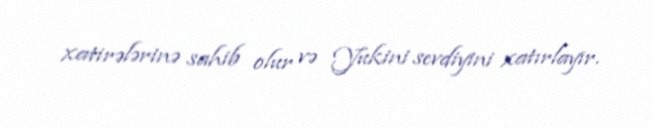
xatirələrinə sahib olur və Yukini sevdiyini xatırlayır.